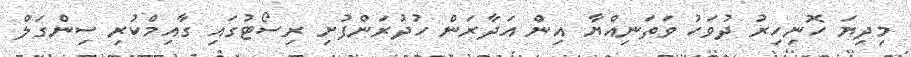
މިދިޔަ ހޮނިހިރު ދުވަހު ވަތަނިއްޔާ އިން އަދާރަން ހުދުރަންފުށި ރިސޯޓުގައި ގާއިމްކުރި ސިންގަލް